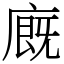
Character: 廐